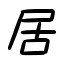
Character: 居